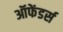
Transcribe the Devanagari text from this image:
ऑफेंडर्स